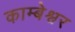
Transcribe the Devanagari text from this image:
काम्बेश्वर